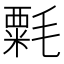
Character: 𣯼